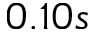
0 . 1 0 s